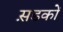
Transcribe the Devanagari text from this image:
स़डकों